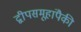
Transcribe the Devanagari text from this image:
द्वीपसमूहांपैकी